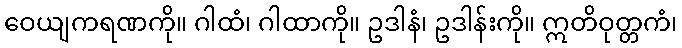
ဝေယျကရဏကို။ ဂါထံ၊ ဂါထာကို။ ဥဒါနံ၊ ဥဒါန်းကို။ ဣတိဝုတ္တကံ၊